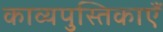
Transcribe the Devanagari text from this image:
काव्यपुस्तिकाएँ